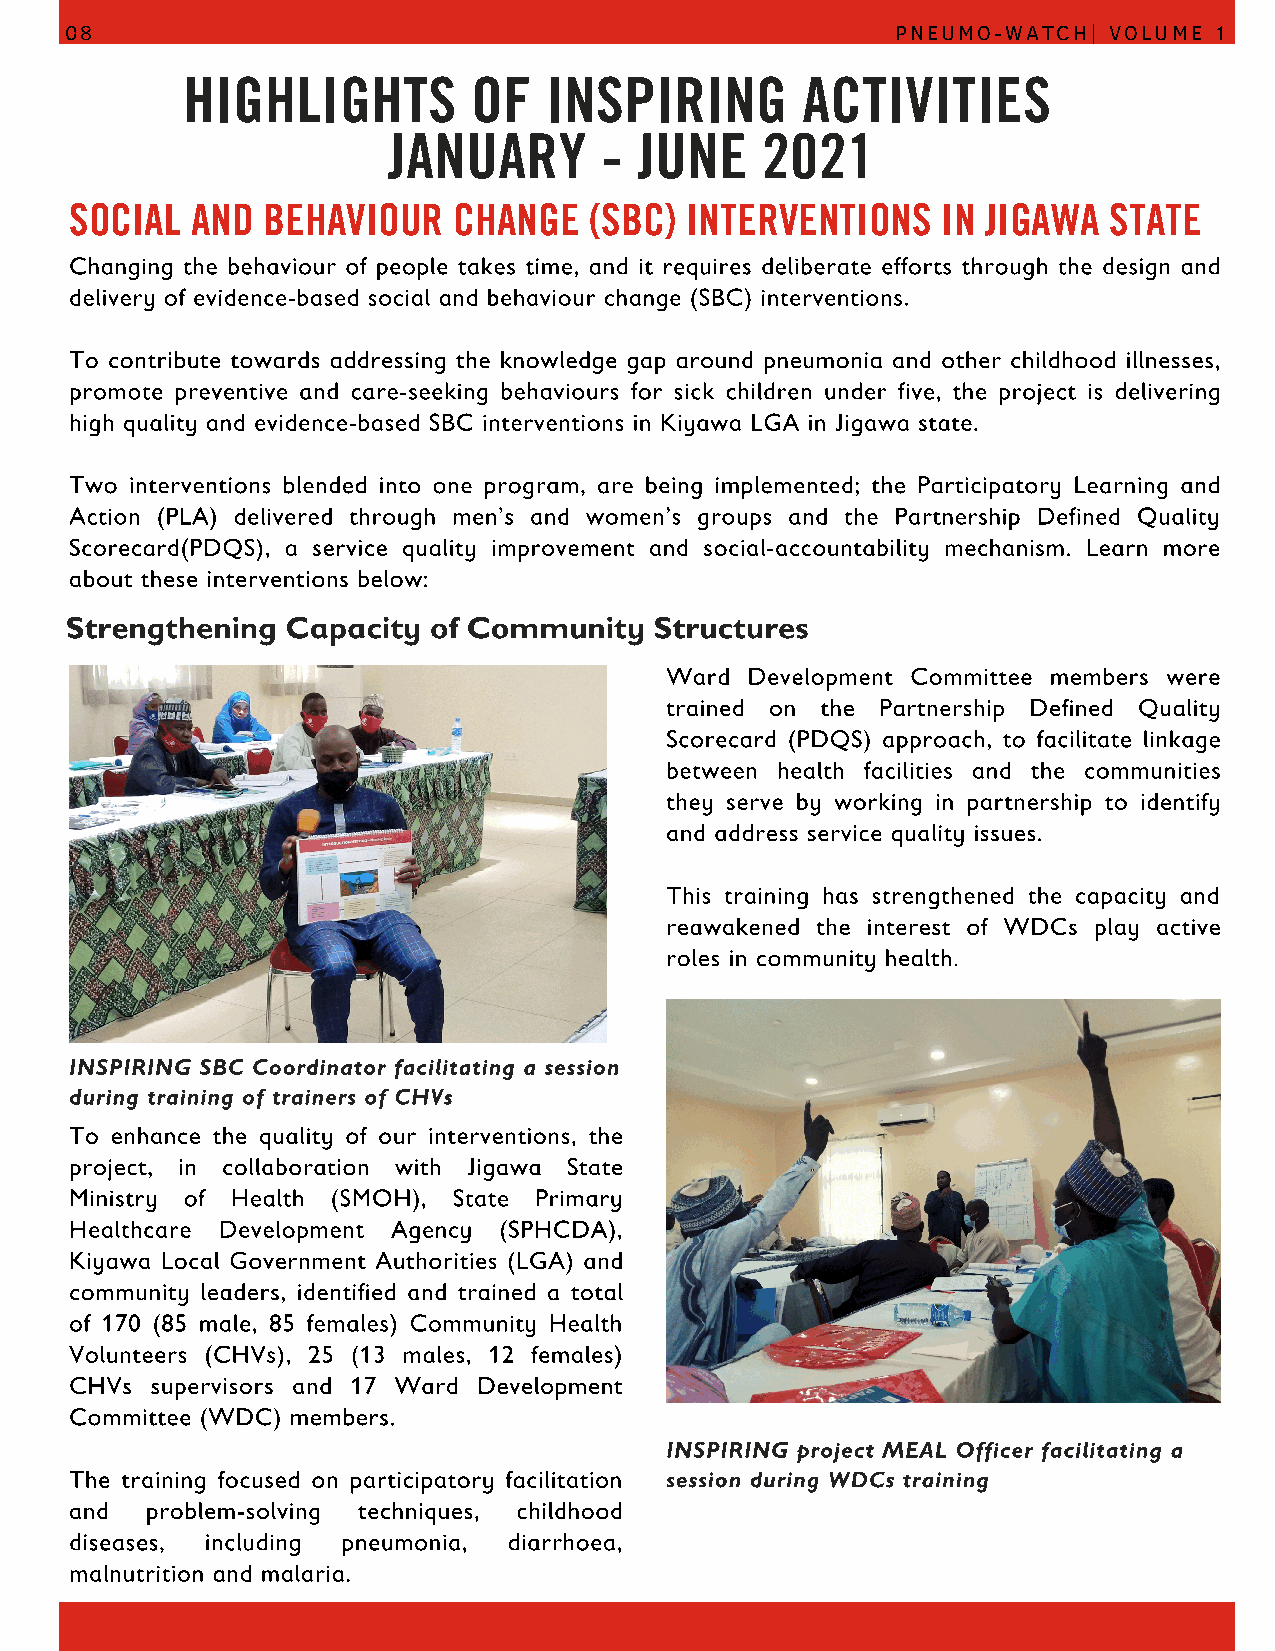
08                                                     PNEUMO-WATCH| VOLUME 1
 HIGHLIGHTS         OF   INSPIRING        ACTIVITIES
 JANUARY       - JUNE    2021
 SOCIAL  AND BEHAVIOUR    CHANGE   (SBC) INTERVENTIONS    IN JIGAWA  STATE
 Changing the behaviour of people takes time, and it requires deliberate efforts through the design and
 delivery of evidence-based social and behaviour change (SBC) interventions.
 To contribute towards addressing the knowledge gap around pneumonia and other childhood illnesses,
 promote preventive and care-seeking behaviours for sick children under five, the project is delivering
 high quality and evidence-based SBC interventions in Kiyawa LGA in Jigawa state.
 Two interventions blended into one program, are being implemented; the Participatory Learning and
 Action (PLA) delivered through men’s and women’s groups and the Partnership Defined Quality
 Scorecard(PDQS), a service quality improvement and social-accountability mechanism. Learn more
 about these interventions below:
 Strengthening  Capacity of Community   Structures
 Ward Development Committee members were
 trained on the Partnership Defined Quality
 Scorecard (PDQS) approach, to facilitate linkage
 between health facilities and the communities
 they serve by working in partnership to identify
 and address service quality issues.
 This training has strengthened the capacity and
 reawakened the interest of WDCs play active
 roles in community health.
 INSPIRING SBC Coordinator facilitating a session
 during training of trainers of CHVs
 To enhance the quality of our interventions, the
 project, in collaboration with Jigawa State
 Ministry of Health (SMOH), State Primary
 Healthcare Development Agency (SPHCDA),
 Kiyawa Local Government Authorities (LGA) and
 community leaders, identified and trained a total
 of 170 (85 male, 85 females) Community Health
 Volunteers (CHVs), 25 (13 males, 12 females)
 CHVs supervisors and 17 Ward Development
 Committee (WDC) members.
 INSPIRING project MEAL Officer facilitating a
 The training focused on participatory facilitation session during WDCs training
 and  problem-solving techniques, childhood
 diseases, including pneumonia, diarrhoea,
 malnutrition and malaria.